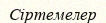
Сіртемелер